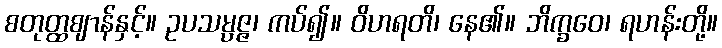
စတုတ္ထဈာန်နှင့်။ ဥပသမ္ပဇ္ဇ၊ ကပ်၍။ ဝိဟရတိ၊ နေ၏။ ဘိက္ခဝေ၊ ရဟန်းတို့။